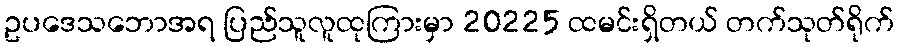
ဥပဒေသဘောအရ ပြည်သူလူထုကြားမှာ 20225 ထမင်းရှိတယ် တက်သုတ်ရိုက်